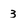
Character: 3